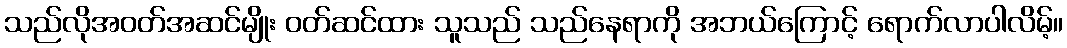
သည်လိုအဝတ်အဆင်မျိုး ဝတ်ဆင်ထား သူသည် သည်နေရာကို အဘယ်ကြောင့် ရောက်လာပါလိမ့်။